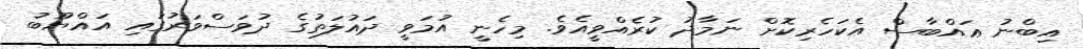
އިބްނު ޢައްބާސް އެކަހެރިކޮށް ނަމާދު ކުރެއްވީއެވެ. މިހެނީ އުމަވީ ދައުލަތުގެ ދުވަސްވަރުގައި އައްޔޫބު